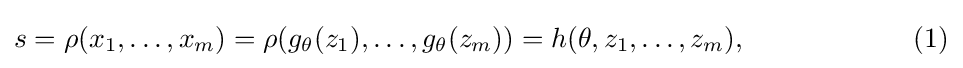
s=\rho (x_{1},\ldots ,x_{m})=\rho (g_{\theta }(z_{1}),\ldots ,g_{\theta }(z_{m}))=h(\theta ,z_{1},\ldots ,z_{m}),\qquad \qquad \qquad (1)